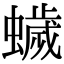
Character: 𮕃